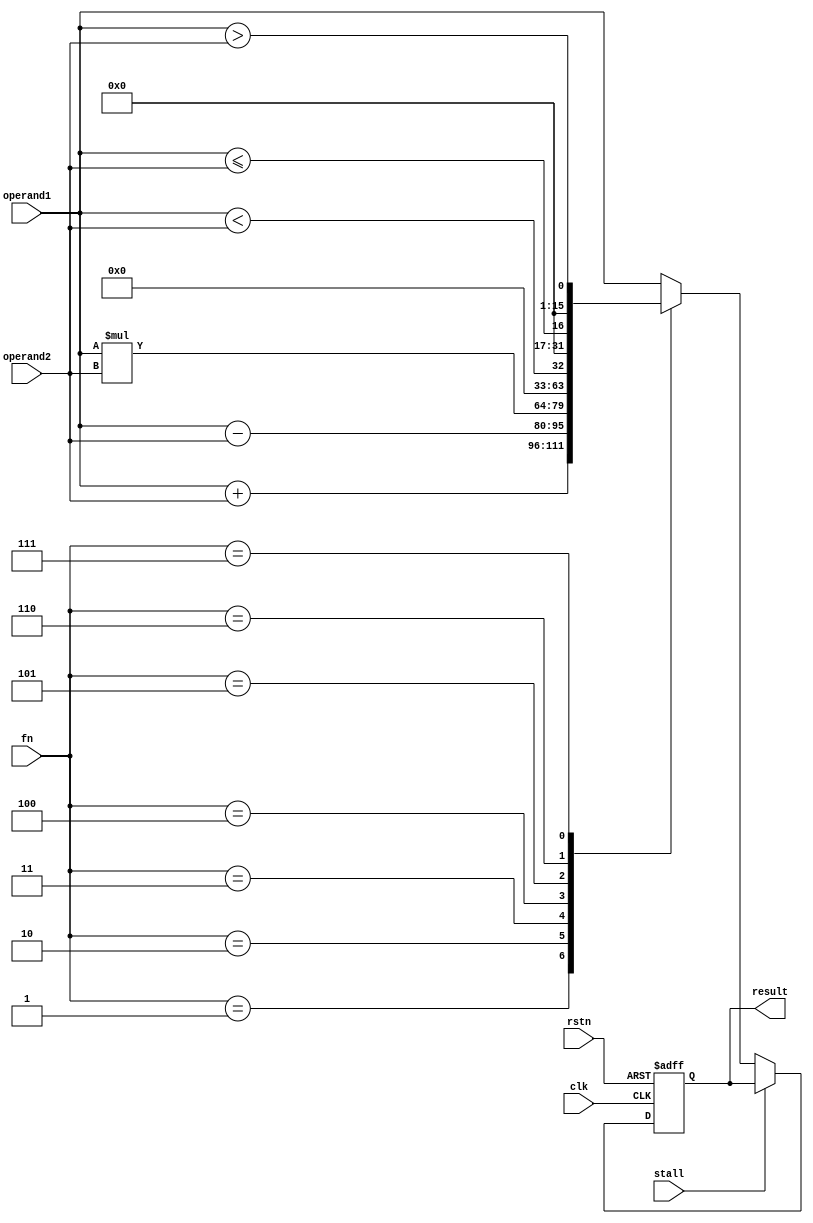
// This program was cloned from: https://github.com/VeriGOOD-ML/public
// License: Apache License 2.0

`timescale 1ns/1ps
`ifdef FPGA
	`include "inst.vh"
	`include "config.vh"
`endif
module pe_compute
#(  //--------------------------------------------------------------------------------------
	parameter peId = 0,
	parameter puId = 0,
    parameter integer memDataLen = 16,
    parameter integer dataLen = 16,
    parameter integer logNumFn = 3
    //--------------------------------------------------------------------------------------
) ( //--------------------------------------------------------------------------------------
	input  wire 					clk,
	input  wire 					rstn,
    input  signed [dataLen  - 1 : 0 ] operand1,
    input  signed [dataLen  - 1 : 0 ] operand2,
    input stall,
    
    input  wire [logNumFn - 1 : 0 ] fn,
    output reg  [dataLen  - 1 : 0 ] result
);  //--------------------------------------------------------------------------------------
	
	reg  [dataLen  - 1 : 0 ] resultOut;
	reg stall_d;
	
	always @(posedge clk or negedge rstn)
	   if(~rstn) begin
	       result <= {dataLen{1'b0}};
	       stall_d <= 1'b0;
	   end
	   else begin
	       result <= stall ? result : resultOut;
	       stall_d <= stall;
	   end
	
	reg done;
	wire operand1_v,operand2_v;
    wire signed [dataLen  - 1 : 0 ] input1,input2;
    assign input1 = $signed(operand1);
    assign input2 = $signed(operand2);
    //--------------------------------------------------------------------------------------
    wire[dataLen - 1 : 0]   immDiv;
    genvar i;
    `ifdef DIV
    generate
    	if(peId == 0 && puId == 0) begin
    		divider #(
        		.dataLen    ( dataLen       )
   	 		)
     		div_unit (
        		.in1        ( operand1      ),
        		.in2        ( operand2      ),
        		.out        ( immDiv        )
    		);
    	end
    endgenerate
    `else
    assign immDiv = 0;
    `endif
    //--------------------------------------------------------------------------------------
    
    //--------------------------------------------------------------------------------------
    wire[16 - 1 : 0]   immSig;
    wire[31 : 0]   immOperand1;
    
    assign immOperand1 = {{(32-dataLen){1'b0}}, operand1};
    
    `ifdef SIGMOID
    sigmoid #(
        .dataLen    ( 16  )
    ) sig_unit ( 
        .in         (operand1[16-1:0] ),
        .out        ( immSig  )
    );
    
    `else
    assign immSig = 0;
    `endif
    
    //--------------------------------------------------------------------------------------

    //--------------------------------------------------------------------------------------
    wire[dataLen - 1 : 0]   immSqrt;
    wire sqrtDone;
    assign immSqrt[dataLen - 1 : dataLen/2] = 0;
    
    // `ifdef SQRT
    // generate
    	// if(peId == 0 && puId == 0) begin 
    		// sqrt #(
        		// .inLen      ( dataLen       )
    		// ) sqrt_unit (
        		// .in         ( operand1      ),
        		// .out        ( immSqrt[dataLen/2 - 1 : 0]),
        		// .rout		(				),
        		// .done       ( sqrtDone      )
    		// );
        // end
    // endgenerate
    // `else
    assign immSqrt[dataLen/2 - 1 : 0] = 0;
    // `endif
    
    //--------------------------------------------------------------------------------------
    
    //--------------------------------------------------------------------------------------
    wire[dataLen - 1 : 0]   immGau;
    
    `ifdef GAUSSIAN
    gaussian #(
        .dataLen    ( dataLen       )
    ) g_unit (
        .in1        ( operand1      ),
        .out        ( immGau        )
    );
    `else
    assign immGau = 0;
    `endif
    //--------------------------------------------------------------------------------------
    wire [dataLen+memDataLen-1:0] mult_out;
    reg [2*dataLen-1:0] sum_out;
    wire [dataLen:0] addsub;
    
    assign addsub[dataLen:0] = fn[0] ? input1 + input2 : input1 - input2 ;
    
  
    always @(*) begin
        sum_out[2*dataLen-1:dataLen+1] = {dataLen-1{addsub[dataLen]}};
        case(addsub[dataLen:dataLen-1])
            2'b01 : begin
                sum_out[dataLen] = 1'b0;
                sum_out[dataLen-1:0] = {dataLen{1'b1}};
            end
            2'b10 : begin
                sum_out[dataLen] = 1'b1;
                sum_out[dataLen-1:0] = {dataLen{1'b0}};
            end
            default : begin
                sum_out[dataLen] = addsub[dataLen];
                sum_out[dataLen-1:0] = addsub[dataLen-1:0];
            end
        endcase
    end
    assign mult_out = $signed(input1[memDataLen-1:0]) * input2;
    always @(*) begin
        case(fn)
            5'd1: begin
                resultOut = input1 + input2;
                done      = operand1_v && operand2_v;
             end
             5'd2: begin
                resultOut = input1 - input2;
                done      = operand1_v && operand2_v;
             end
             5'd3: begin
//                resultOut = mult_out[(dataLen+memDataLen-1) -: dataLen];
                resultOut = mult_out[dataLen-1:0];
                done      = operand1_v && operand2_v;
             end
             5'd4: begin
                resultOut = immDiv;
                done      = operand1_v && operand2_v;
             end
             5'd5: begin
                resultOut = input1 < input2;
                done      = operand1_v && operand2_v;
             end
             5'd6: begin
                resultOut = input1 <= input2;
                done      = operand1_v && operand2_v;
             end
             5'd7: begin
                resultOut = input1 > input2;
                done      = operand1_v && operand2_v;
             end
             5'd8: begin
                resultOut = input1 >= input2;
                done      = operand1_v && operand2_v;
             end
             5'd9: begin
                resultOut = input1 == input2;
                done      = operand1_v && operand2_v;
             end
             5'd10: begin
                resultOut = input1 != input2;
                done      = operand1_v && operand2_v;
             end
             
             5'd16: begin
                resultOut = {7'b0,immSig[15 - 1 : 7]};
                done      = operand1_v ;
             end
             5'd17: begin
                resultOut = immGau;
                done      = operand1_v ;
             end
             5'd18: begin
                resultOut = immSqrt;
                done      = sqrtDone && operand1_v ;
             end
             
             5'd24: begin
                resultOut = input1;
                done      = operand1_v ;
             end
             
             5'd17: begin
                resultOut = immGau;
                done      = operand1_v ;
             end
             default: begin
                resultOut = input1;
                done      =  operand1_v;
             end
          endcase
      end
 
   // end

endmodule